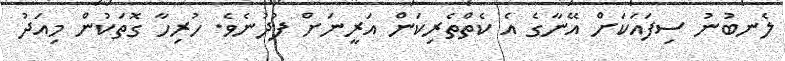
ލެނބުނު ސިފައަކަށް އޭނާގެ އެ ކެތްތެރިކަން އަރީނަށް ފުދުނެވެ. ހުރިހާ ގޮތަކުން މިއަދު